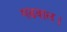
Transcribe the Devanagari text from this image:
गढवाल।